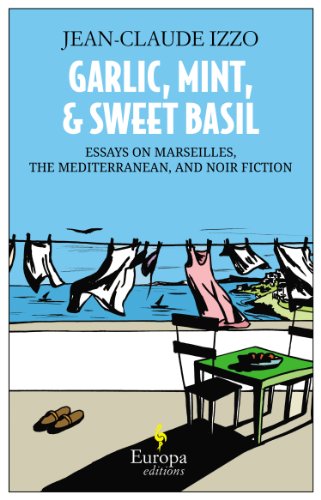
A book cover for Garlic, Mint, and Sweet Basil: Essays on Marseilles, The Mediterranean, and Noir Fiction; Jean-Claude Izzo; Travel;